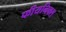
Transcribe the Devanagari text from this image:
फीयनिक्स